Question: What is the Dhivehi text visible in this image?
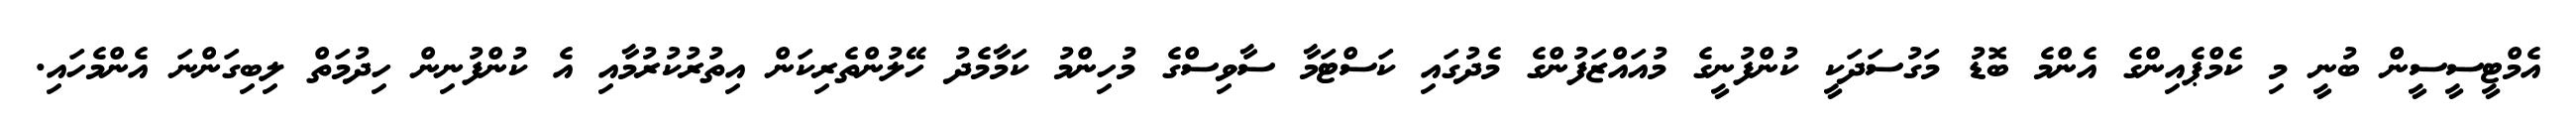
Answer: އެމްޓީސީސީން ބުނީ މި ކެމްޕެއިންގެ އެންމެ ބޮޑު މަގުސަދަކީ ކުންފުނީގެ މުއައްޒަފުންގެ މެދުގައި ކަސްޓަމާ ސާވިސްގެ މުހިންމު ކަމާމެދު ހޭލުންތެރިކަން އިތުރުކުރުމާއި އެ ކުންފުނިން ހިދުމަތް ލިބިގަންނަ އެންމެހައި.